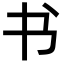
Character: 书